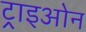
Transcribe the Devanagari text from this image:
ट्राइओन